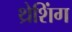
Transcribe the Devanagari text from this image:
थ्रेशिंग